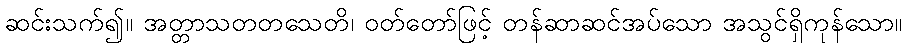
ဆင်းသက်၍။ အတ္တာသတတသေတိ၊ ဝတ်တော်ဖြင့် တန်ဆာဆင်အပ်သော အသွင်ရှိကုန်သော။